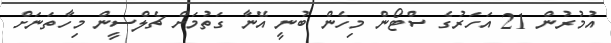
އުމުރުން 21 އަހަރުގެ ސްޓޯން މިހެން ބުނީ އޭނާ ގަތުމަށް ޗެލްސީން މިހާތަނަށް